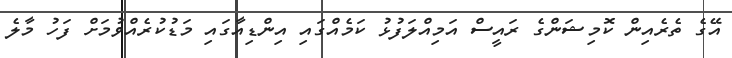
އޭގެ ތެރެއިން ކޮމިޝަންގެ ރައީސް އަމިއްލަފުޅު ކަމެއްގައި އިންޑިއާގައި މަޑުކުރެއްވުމަށް ފަހު މާލެ